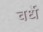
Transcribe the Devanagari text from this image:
वर्धे